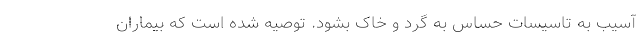
آسیب به تاسیسات حساس به گرد و خاک بشود. توصیه شده است که بیماران